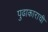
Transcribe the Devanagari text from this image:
पुढाकाराची